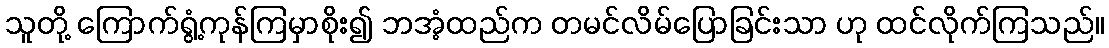
သူတို့ ကြောက်ရွံ့ကုန်ကြမှာစိုး၍ ဘအံ့ထည်က တမင်လိမ်ပြောခြင်းသာ ဟု ထင်လိုက်ကြသည်။